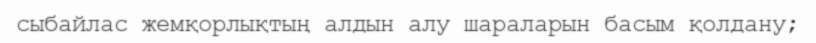
сыбайлас жемқорлықтың алдын алу шараларын басым қолдану;